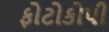
ફોટોકોપી